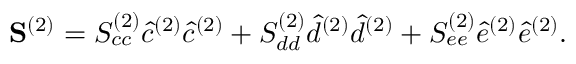
\mathbf { S } ^ { ( 2 ) } = S _ { c c } ^ { ( 2 ) } \hat { c } ^ { ( 2 ) } \hat { c } ^ { ( 2 ) } + S _ { d d } ^ { ( 2 ) } \hat { d } ^ { ( 2 ) } \hat { d } ^ { ( 2 ) } + S _ { e e } ^ { ( 2 ) } \hat { e } ^ { ( 2 ) } \hat { e } ^ { ( 2 ) } .